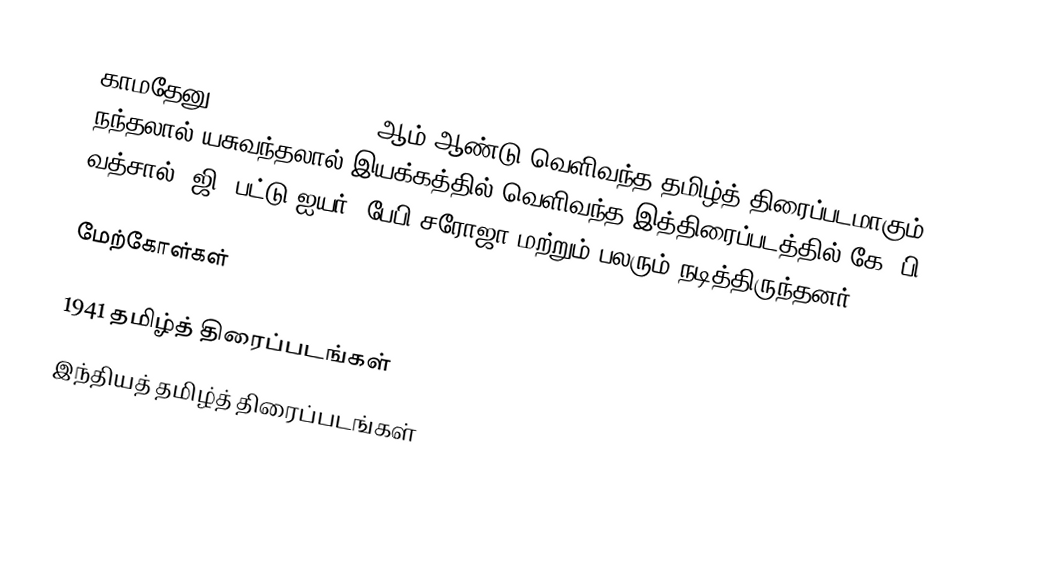
காமதேனு (Kamadhenu) 1941 ஆம் ஆண்டு வெளிவந்த தமிழ்த் திரைப்படமாகும். நந்தலால் யசுவந்தலால் இயக்கத்தில் வெளிவந்த இத்திரைப்படத்தில் கே. பி. வத்சால், ஜி. பட்டு ஐயர், பேபி சரோஜா மற்றும் பலரும் நடித்திருந்தனர்.

மேற்கோள்கள்

1941 தமிழ்த் திரைப்படங்கள்
இந்தியத் தமிழ்த் திரைப்படங்கள்